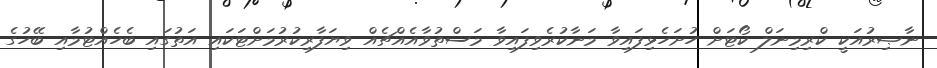
ނާޞިރުއަކީ ކްރިމިނަލް ކޯޓަށް ހުށަހެޅިފައިވާ މަނާކުރެވިފައިވާ މަސްތުވާއެއްޗެއް ވިޔަފާރިކުރުމަށްޓަކައި އަތުގައި ބެހެއްޓުމާއި ބޭހުގެ